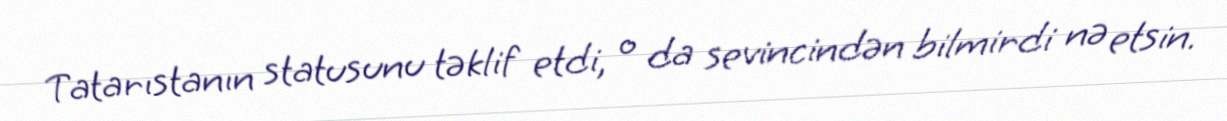
Tatarıstanın statusunu təklif etdi, o da sevincindən bilmirdi nə etsin.